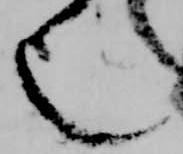
也